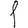
Digit: 1